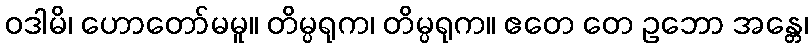
ဝဒါမိ၊ ဟောတော်မမူ။ တိမ္ပရုက၊ တိမ္ပရုက။ ဧတေ တေ ဥဘော အန္တေ၊